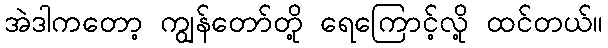
အဲဒါကတော့ ကျွန်တော်တို့ ရေကြောင့်လို့ ထင်တယ်။